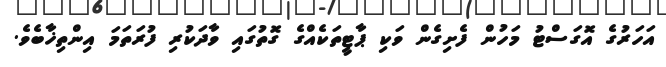
އަހަރުގެ އޮގަސްޓު މަހުން ފެށިގެން ވަކި ޕާޓީތަކެއްގެ ގޮތުގައި ވާދަކުރި ފުރަތަމަ އިންތިޚާބެވެ.